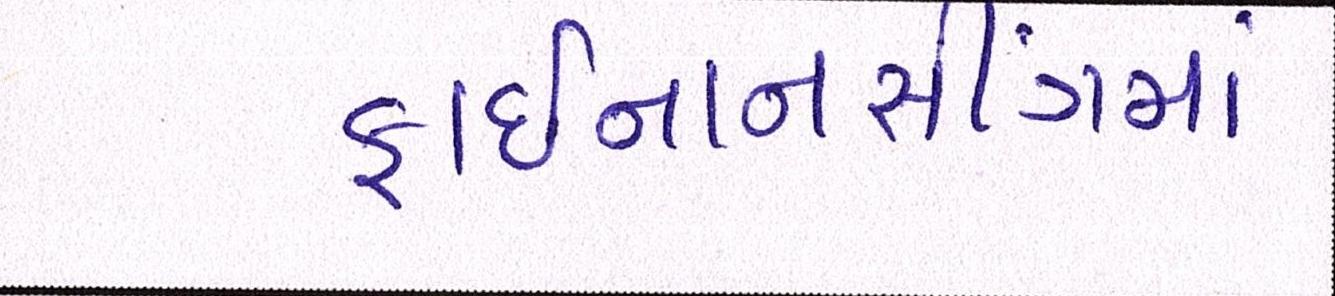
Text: ફાઈનાનસીંગમાં